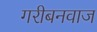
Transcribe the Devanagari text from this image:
गरीबनवाज